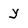
Character: y